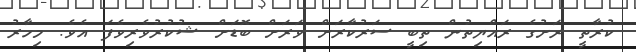
ކުރާތީ ރަށުގެ ރައްޔިތުން ތިބީ ސަރުކާރަށް ވަރަށް ބޮޑަށް ޝުކުރުވެރިވެފަ އެވެ. މިހާރު